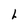
Character: L